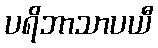
ပရိဘာသာပယီ